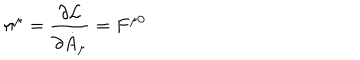
LaTeX: \pi ^ { \mu } = \frac { \partial { \cal L } } { \partial { \dot { A } } _ { \mu } } = F ^ { \mu 0 }